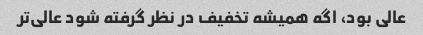
عالی بود، اگه همیشه تخفیف در نظر گرفته شود عالی‌تر